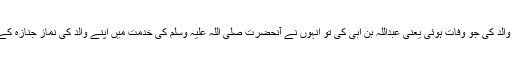
حضرت عبداللہؓ کے والد کی جو وفات ہوئی یعنی عبداللہ بن ابی کی تو انہوں نے آنحضرت صلی اللہ علیہ وسلم کی خدمت میں اپنے والد کی نمازِ جنازہ کے لیے درخواست کی۔